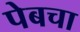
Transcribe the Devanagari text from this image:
पेबचा